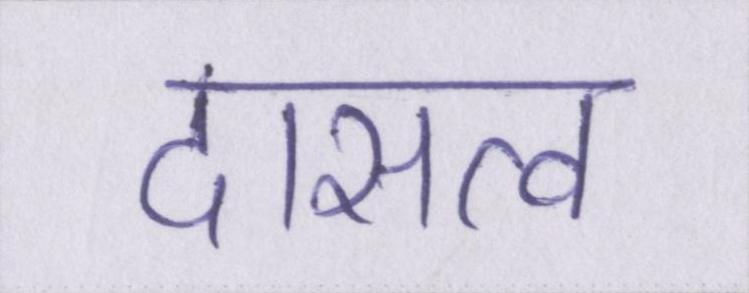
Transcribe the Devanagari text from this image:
दासत्व